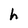
Character: h